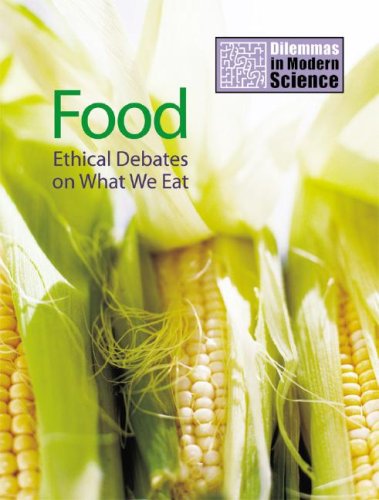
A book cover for Food: Ethical Debates on What We Eat (Dilemmas in Modern Science); Jim Kerr; Teen & Young Adult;